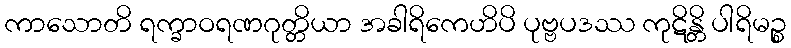
ကာသောတိ ရက္ခာဝရဏဂုတ္တိယာ အခါရိကေဟိပိ ပုဗ္ဗပဒဿ ကုဋိန္တိ ပါရိမဉ္စ